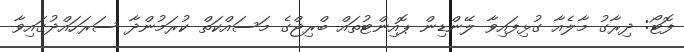
ފޮޓޯ: ދިރާގު މާލެއާ ގުޅިފައިވާ ލޭންޑިން ޕޮއިންޓުތައް ބްރިޖްގެ މަސައްކަތް ކުރަމުންދާ ސަރަހައްދުގައިވާ